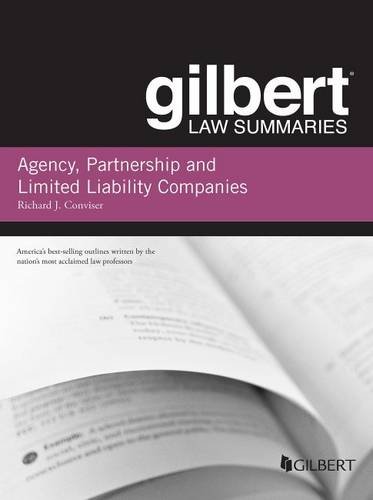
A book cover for Gilbert Law Summary on Agency, Partnership and LLCs (Gilbert Law Summaries); Richard Conviser; Law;